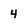
Character: 4